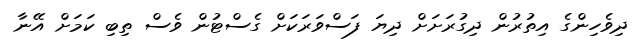
ދިވެހިންގެ އިތުރުން ދިގުރަށަށް ދިޔަ ފަސްވަރަކަށް ގެސްޓުން ވެސް ތިބި ކަމަށް އޭނާ